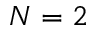
N = 2